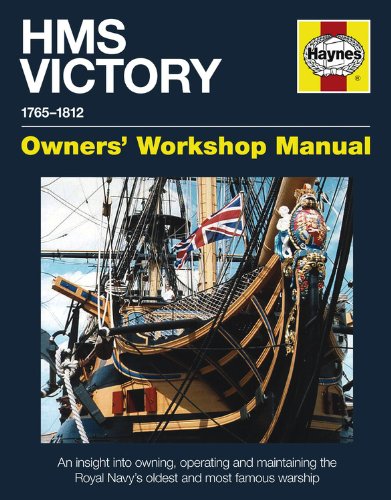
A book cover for HMS Victory Manual 1765-1812: An Insight into Owning, Operating and Maintaining the Royal Navy's Oldest and Most Famous (Owners' Workshop Manual); Peter Goodwin; Engineering & Transportation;